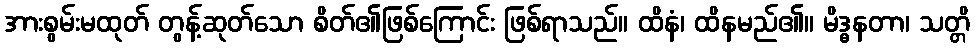
အားစွမ်းမထုတ် တွန့်ဆုတ်သော စိတ်၏ဖြစ်ကြောင်း ဖြစ်ရာသည်။ ထိနံ၊ ထိနမည်၏။ မိဒ္ဓနတာ၊ သတ္တိ